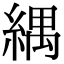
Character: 𦂕